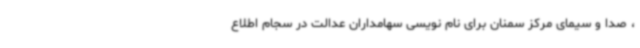
، صدا و سیمای مرکز سمنان برای نام نویسی سهامداران عدالت در سجام اطلاع